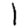
Digit: 1